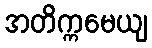
အတိက္ကမေယျ